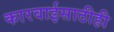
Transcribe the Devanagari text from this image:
कारवाईसाठीही